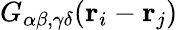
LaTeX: G_{\alpha\beta,\gamma\delta}({\mathbf r}_{i}-{\mathbf r}_{j})